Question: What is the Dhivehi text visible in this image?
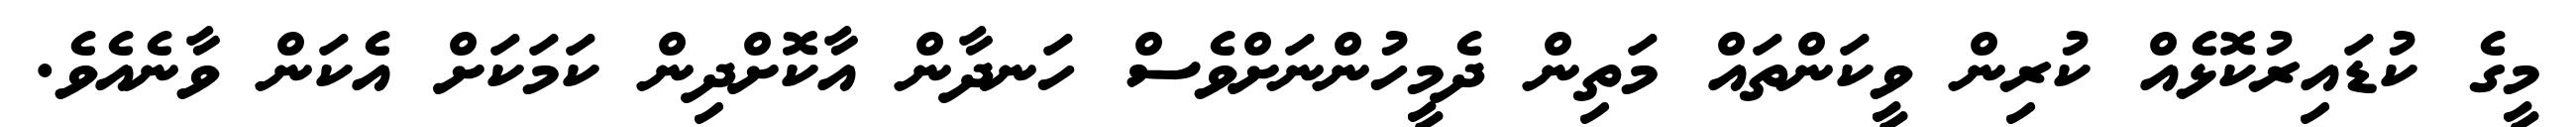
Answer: މީގެ ކުޑައިރުކޮޅެއް ކުރިން ވީކަންތައް މަތިން ދެމީހުންނަށްވެސް ހަނދާން އާކޮށްދިން ކަމަކަށް އެކަން ވާނެއެވެ.